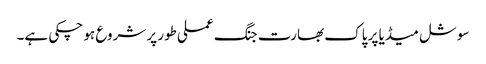
سوشل میڈیا پر پاک بھارت جنگ عملی طور پر شروع ہو چکی ہے۔